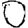
Digit: 0